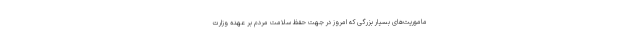
ماموریت‌های بسیار بزرگی که امروز در جهت حفظ سلامت مردم بر عهده وزارت